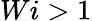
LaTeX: Wi>1